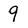
Character: 9